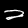
Digit: 2